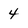
Character: 4